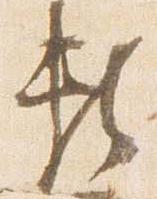
頼